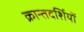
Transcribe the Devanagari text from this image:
क्रान्तदर्शियों